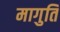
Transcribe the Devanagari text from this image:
मागुति